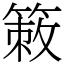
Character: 𥰡